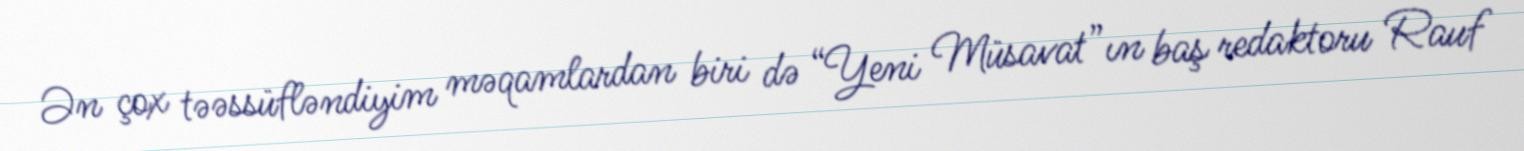
Ən çox təəssüfləndiyim məqamlardan biri də “Yeni Müsavat”ın baş redaktoru Rauf